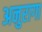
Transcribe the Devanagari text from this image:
अनुरागा